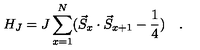
H _ { J } = J \sum _ { x = 1 } ^ { N } ( \vec { S } _ { x } \cdot \vec { S } _ { x + 1 } - \frac { 1 } { 4 } ) \quad .